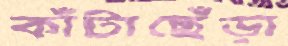
কাঁটাছেঁড়া